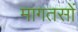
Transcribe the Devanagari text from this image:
मागतसों